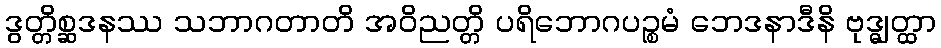
ဒွတ္တိစ္ဆဒနဿ သဘာဂတာတိ အဝိညတ္တိ ပရိဘောဂပဉ္စမံ ဘေဒနာဒီနိ ဗုဒ္ဓျတ္ထာ